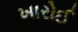
ખારોઈ